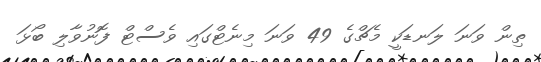
ތިން ވަނަ ލަނޑަކީ މެޗްގެ 49 ވަނަ މިނެޓްގައި ވެސްޓް ފޮނުވާލި ބޯޅަ